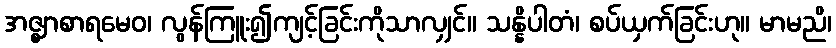
အဇ္ဈာစာရမေဝ၊ လွန်ကြူး၍ကျင့်ခြင်းကိုသာလျှင်။ သန္နိပါတံ၊ စပ်ယှက်ခြင်းဟု။ မာမညိ၊